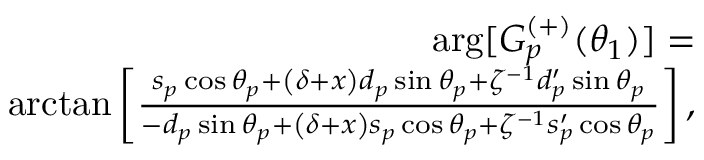
\begin{array} { r l r } & { } & { \arg [ G _ { p } ^ { ( + ) } ( \theta _ { 1 } ) ] = } \\ & { } & { \arctan \left[ \frac { s _ { p } \cos \theta _ { p } + \left( \delta + x \right) d _ { p } \sin \theta _ { p } + \zeta ^ { - 1 } d _ { p } ^ { \prime } \sin \theta _ { p } } { - d _ { p } \sin \theta _ { p } + \left( \delta + x \right) s _ { p } \cos \theta _ { p } + \zeta ^ { - 1 } s _ { p } ^ { \prime } \cos \theta _ { p } } \right] , } \end{array}